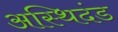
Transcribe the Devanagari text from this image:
अस्थिदंड